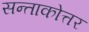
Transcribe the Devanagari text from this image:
सन्ताकोत्तर